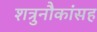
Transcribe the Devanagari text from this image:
शत्रुनौकांसह